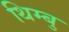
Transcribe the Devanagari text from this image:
थिम्बु